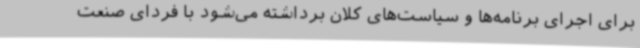
برای اجرای برنامه‌ها و سیاست‌های کلان برداشته می‌شود با فردای صنعت